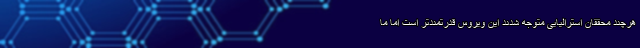
هرچند محققان استرالیایی متوجه شدند این ویروس قدرتمندتر است اما ما